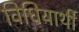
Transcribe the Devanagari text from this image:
विधियार्थी